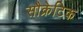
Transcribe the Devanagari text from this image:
सौक्रेटिक